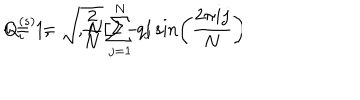
Q _ { i } ^ { ( s ) } = \sqrt { \frac { 2 } { N } } \sum _ { j = 1 } ^ { N } q _ { j } \sin \left( \frac { 2 \pi i j } { N } \right) \hspace { 2 c m } i = 1 , \ldots , N / 2 - 1